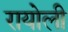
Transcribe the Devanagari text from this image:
रायोली